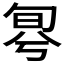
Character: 𠣬